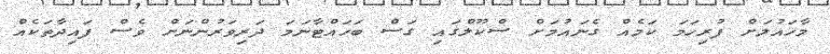
މާހައުލަށް ފުރިހަމަ ކަމެއް ގެނައުމަށް ސްކޫލްގައި ގަސް ބަހައްޓާނަމަ ދަރިވަރުންނަށް ވެސް ފައިދާތަކެއް